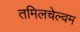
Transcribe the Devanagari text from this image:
तमिलचेल्वम